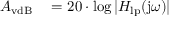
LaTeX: \begin{array} { r l } { A _ { \mathrm { v d B } } } & { { } = 2 0 \cdot \log | H _ { \mathrm { l p } } ( \mathrm { j } \omega ) | } \end{array}